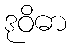
ဒုဝိဓာ